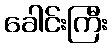
ခေါင်းကြီး